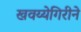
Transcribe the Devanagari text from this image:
खवय्येगिरीने